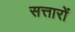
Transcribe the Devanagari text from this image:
सत्तारों